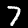
Digit: 7